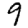
Digit: 9